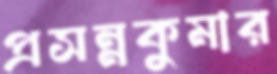
প্রসন্নকুমার